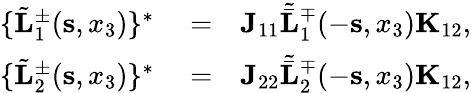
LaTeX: \begin{array}{rlr}{\{ \tilde{\mathbf L}_{1}^{\pm}({\mathbf s},x_{3})\} ^{*}}&{{}=}&{{\mathbf J}_{11}{\tilde{\bar{\mathbf L}}}_{1}^{\mp}(-{\mathbf s},x_{3}){\mathbf K}_{12},}\\ {\{ \tilde{\mathbf L}_{2}^{\pm}({\mathbf s},x_{3})\} ^{*}}&{{}=}&{{\mathbf J}_{22}{\tilde{\bar{\mathbf L}}}_{2}^{\mp}(-{\mathbf s},x_{3}){\mathbf K}_{12},}\end{array}